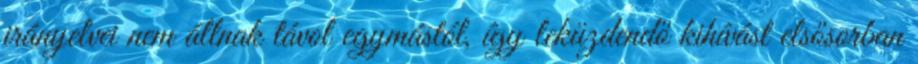
irányelvei nem állnak távol egymástól, így leküzdendő kihívást elsősorban